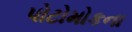
પોટોમોકના